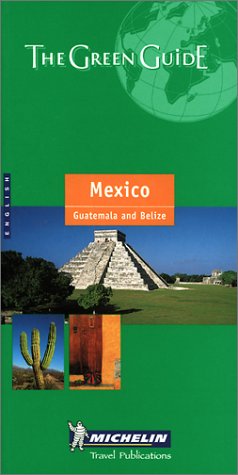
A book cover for Michelin THE GREEN GUIDE Mexico Guatemala Belize, 2nd (THE GREEN GUIDE); Michelin Travel Publications; Travel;